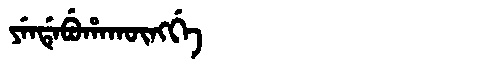
Manchu: ᠶᡝᠨᡩᡝᠪᡠᡥᠠᡴᡡᠩᡤᡝ
Romanization: YENDEBUHAKŪNGGE